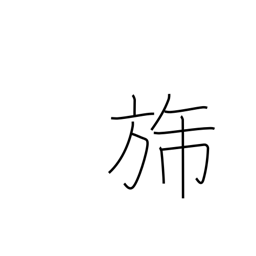
Meaning: flag